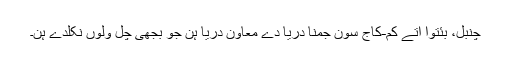
چنبل، بئتوا اتے کم-کاج سون جمنا دریا دے معاون دریا ہن جو بجھی چل ولوں نکلدے ہن۔